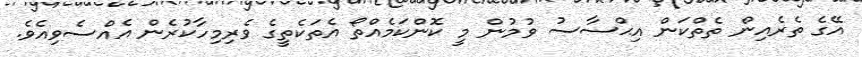
އޭގެ ތެރެއިން ތެތްކަން އިޙްސާސު ވުމުން މީ ކޮންކަމެއްތޯ އެތަކެތީގެ ވެރިމިހާކުރެން އެއްސެވިއެވެ.